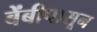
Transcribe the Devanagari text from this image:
बेंबीपासून